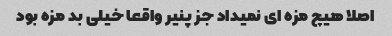
اصلا هیچ مزه اى نمیداد جز پنیر واقعا خیلى بد مزه بود